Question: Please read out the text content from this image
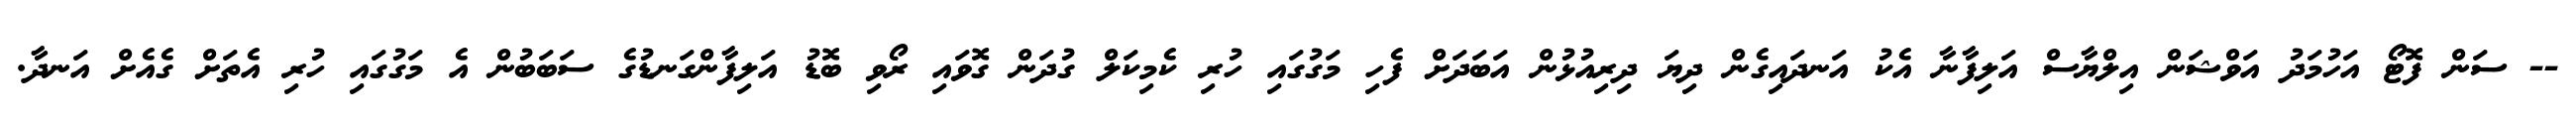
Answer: -- ސަން ފޮޓޯ އަހުމަދު އަވްޝަން އިލްޔާސް އަލިފާނާ އެކު އަނދައިގެން ދިޔަ ދިރިއުޅުން އަބަދަށް ފެހި މަގުގައި ހުރި ކެމިކަލް ގުދަން ގޮވައި ރޯވި ބޮޑު އަލިފާންގަނޑުގެ ސަބަބުން އެ މަގުގައި ހުރި އެތަށް ގެއެށް އަނދާ.